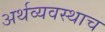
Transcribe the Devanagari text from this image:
अर्थव्यवस्थाच